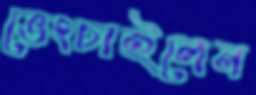
ভেংচাইলেন